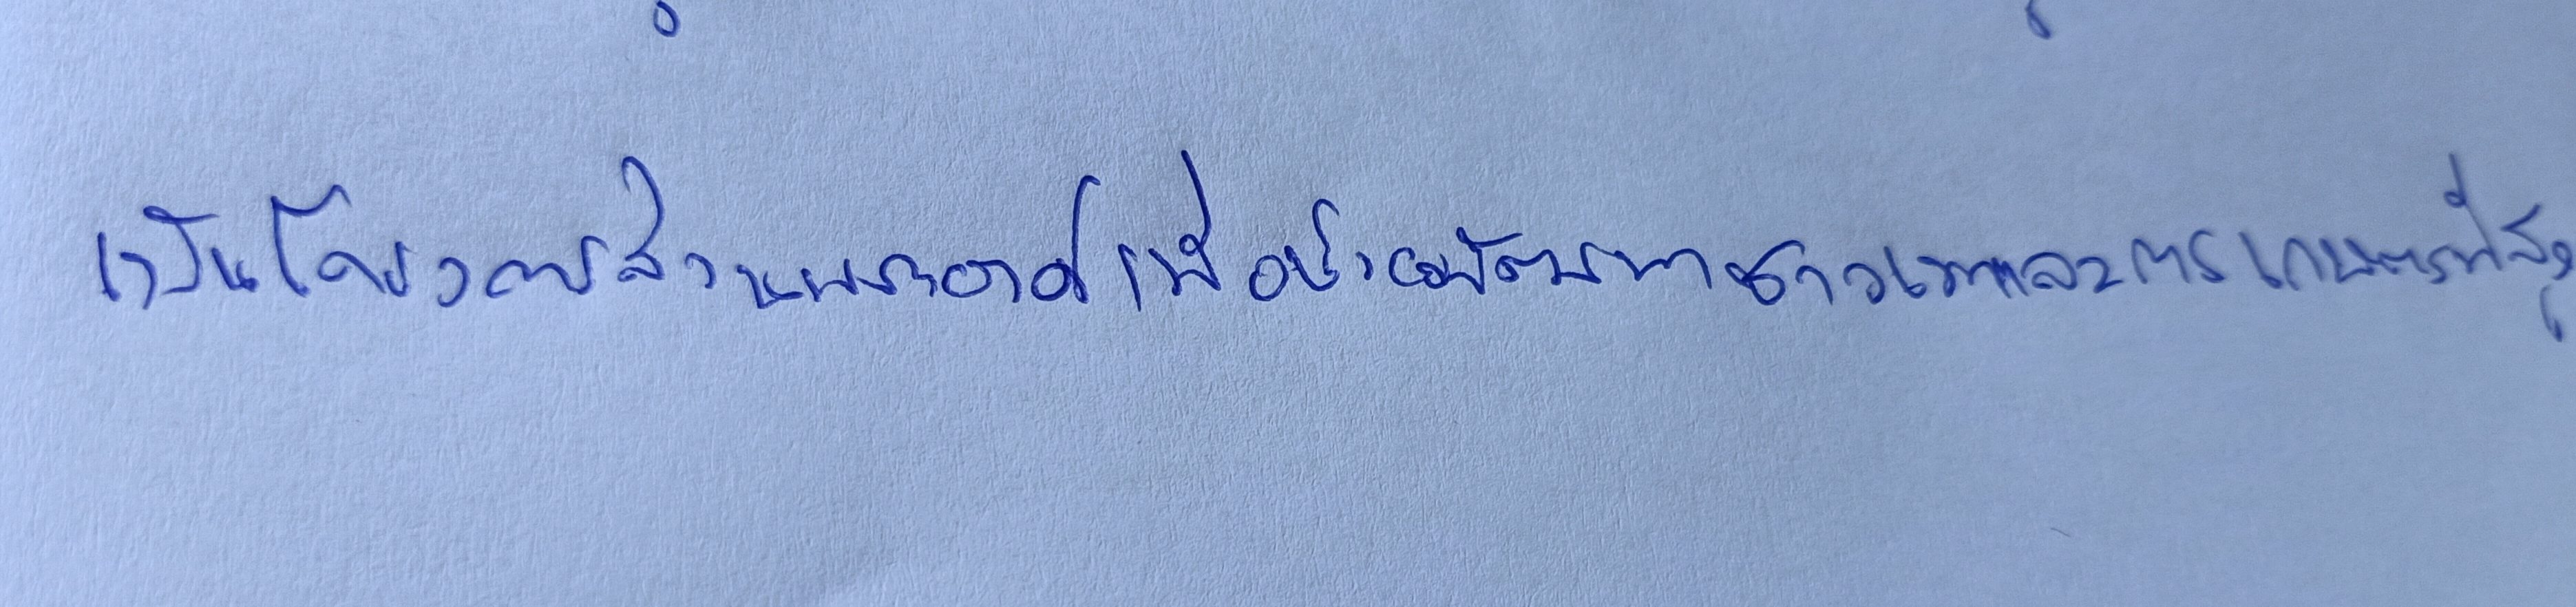
เป็นโครงการส่วนพระองค์เพื่อช่วยพัฒนาชาวเขาและการเกษตรที่สูง